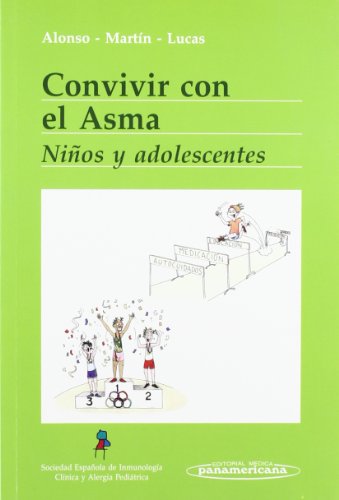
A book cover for Convivir con el asma/ Living With Asthma: Ninos y adolescentes/ Children and Adolescents (Convivir Con..../ Living With...) (Spanish Edition); Elena Alonso Lebrero; Health, Fitness & Dieting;